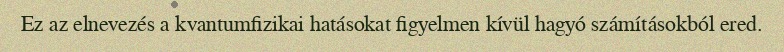
Ez az elnevezés a kvantumfizikai hatásokat figyelmen kívül hagyó számításokból ered.